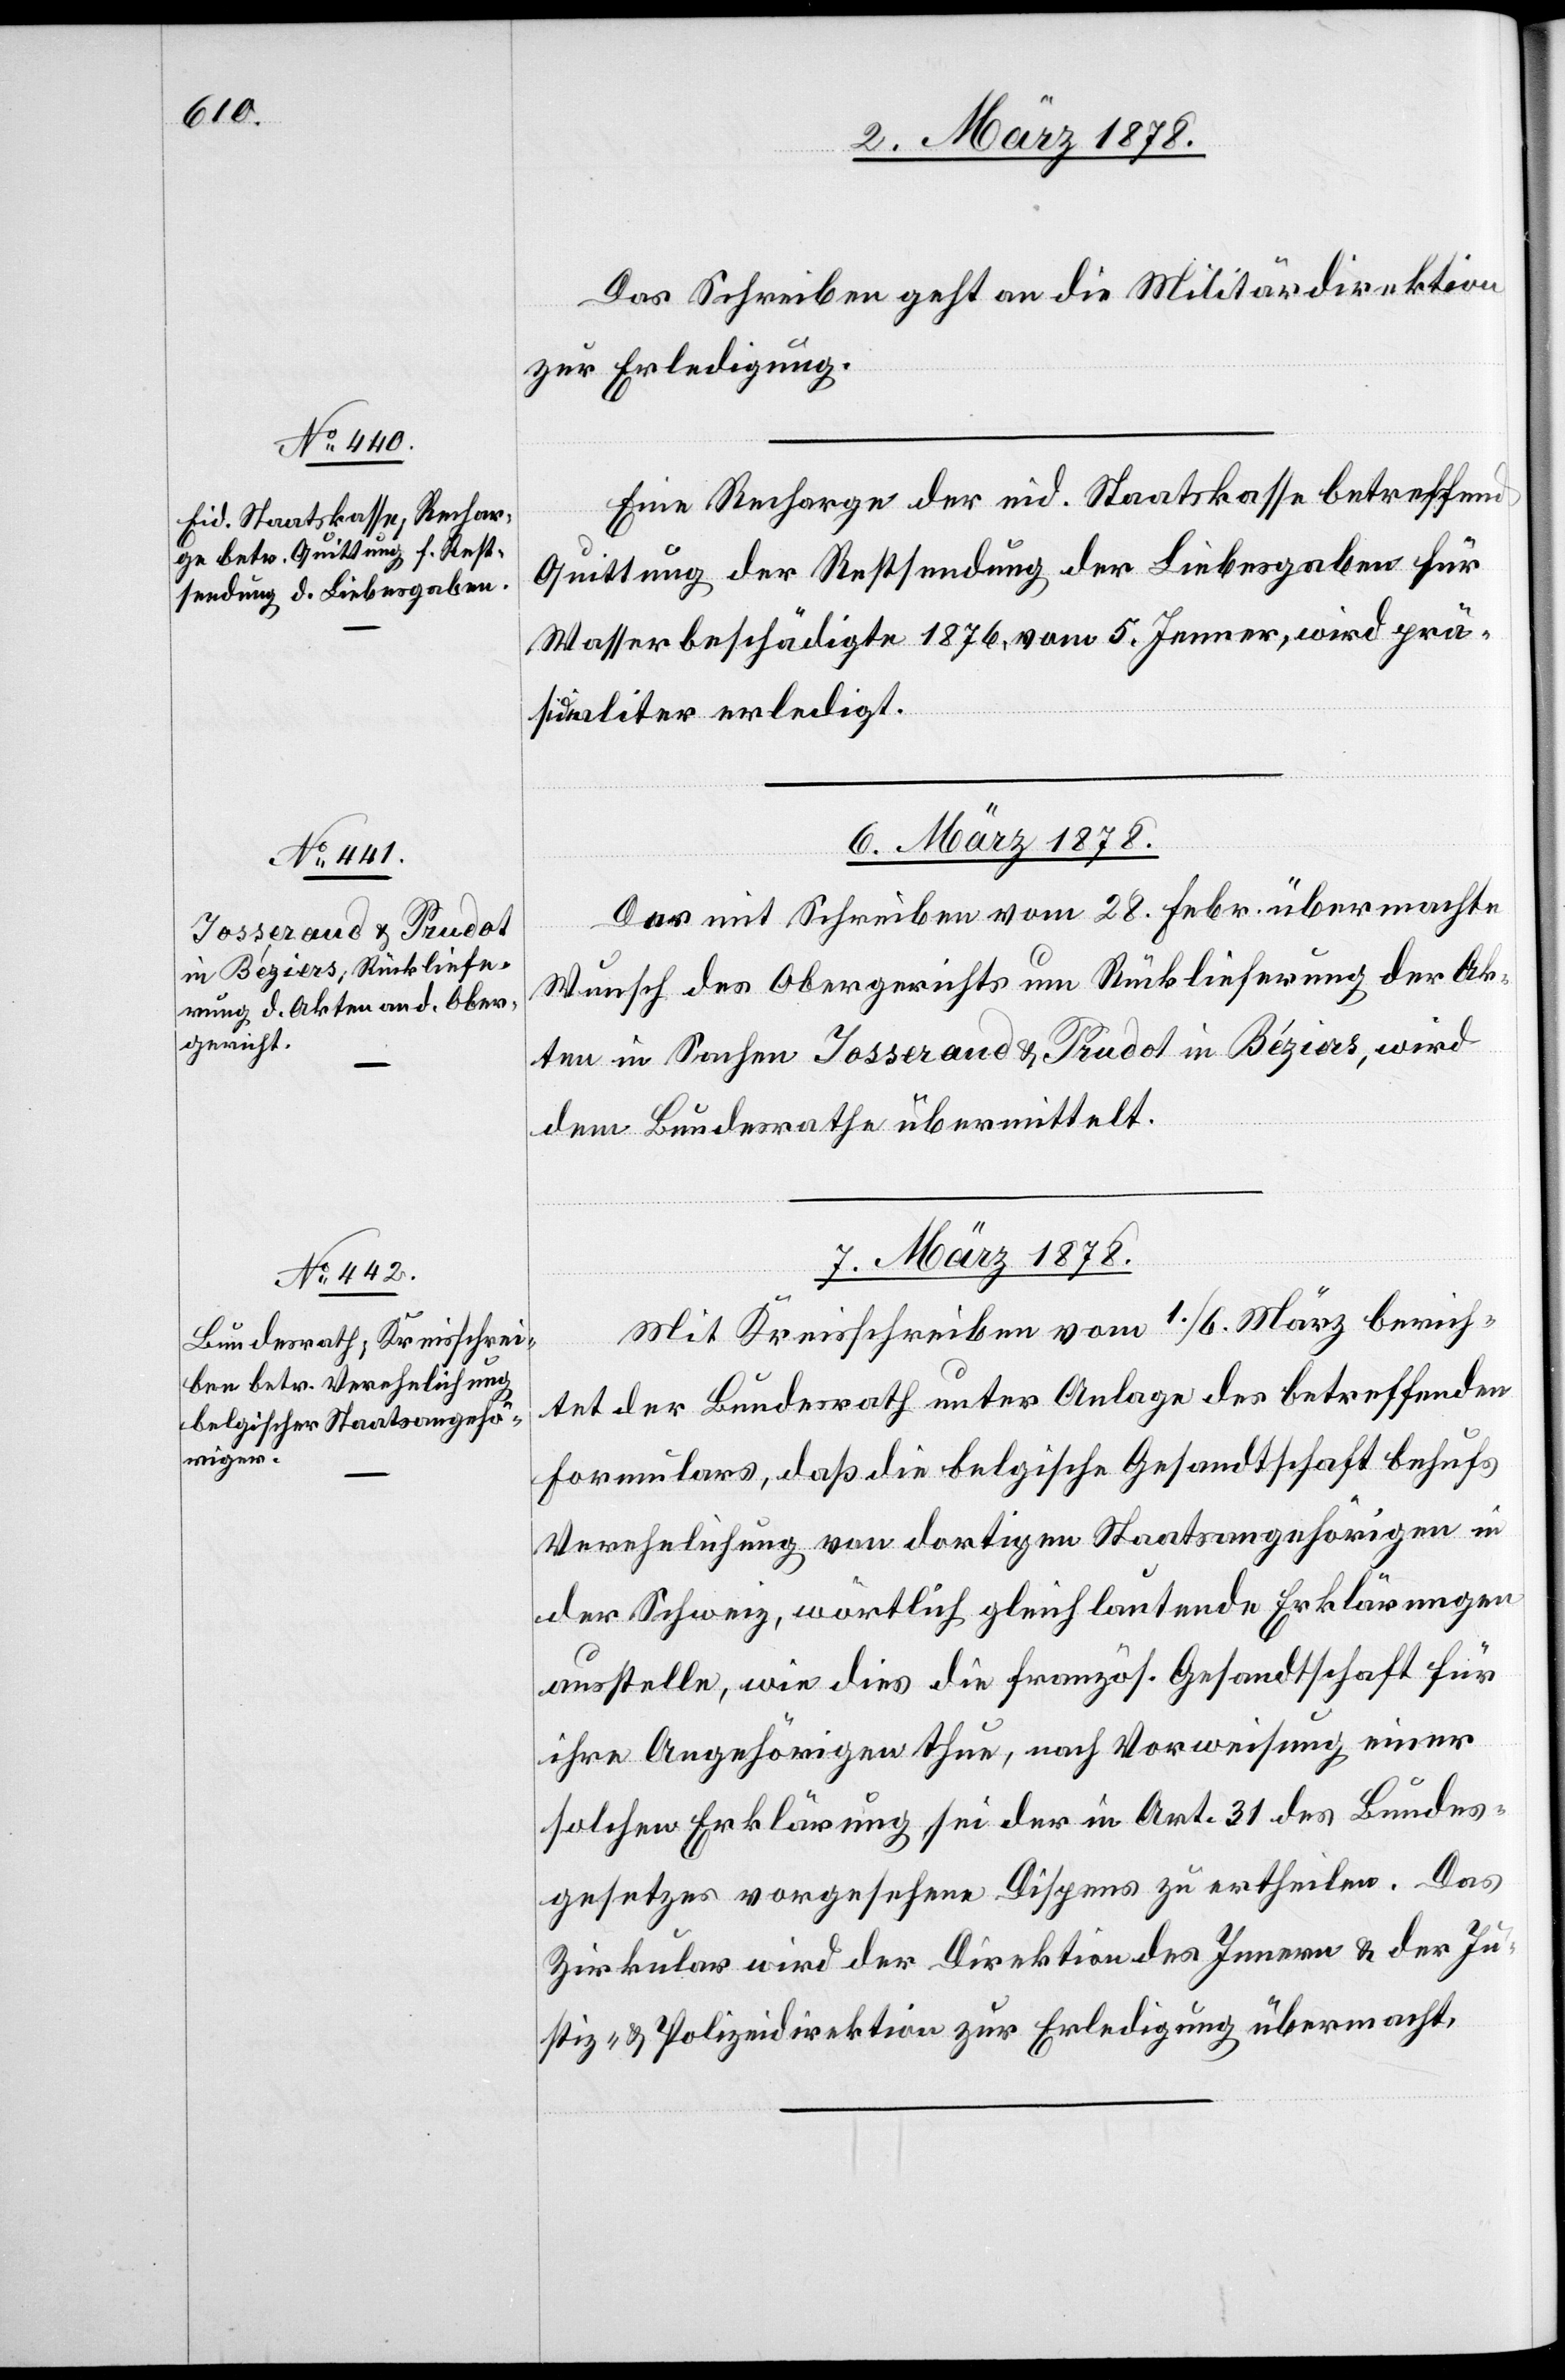
Das Schreiben geht an die Militärdirektion
zur Erledigung.
Eine Recharge der eid. Staatskasse betreffend
Quittung der Restsendung der Liebesgaben für
Wasserbeschädigte 1876, vom 5. Jenner, wird prä¬
sidialiter erledigt.
6. März 1878.
Der mit Schreiben vom 28. Febr. übermachte
Wunsch des Obergerichts um Rücklieferung der Ak¬
ten in Sachen Josserand & Prudot in Bégiers, wird
dem Bundesrathe übermittelt.
7. März 1878.
Mit Kreisschreiben vom 1. / 6. März berich¬
tet der Bundesrath unter Anlage des betreffenden
Formulars, daß die belgische Gesandtschaft behufs
Verehelichung von dortigen Staatsangehörigen in
der Schweiz, wörtlich gleich lautende Erklärungen
ausstelle, wie dieses die französ. Gesandtschaft für
ihre Angehörigen thue, nach Vorweisung einer
solchen Erklärung sei der in Art. 31 des Bundes¬
gesetzes vorgesehene Dispens zu ertheilen. Das
Zirkular wird der Direktion des Innern & der Ju¬
stiz- & Polizeidirektion zur Erledigung übermacht.